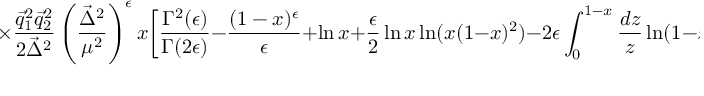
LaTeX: \times \frac { { \vec { q } _ { 1 } } ^ { 2 } { \vec { q } _ { 2 } } ^ { 2 } } { 2 { \vec { \Delta } } ^ { 2 } } \left( \frac { { \vec { \Delta } } ^ { 2 } } { \mu ^ { 2 } } \right) ^ { \epsilon } x \biggl [ \frac { \Gamma ^ { 2 } ( \epsilon ) } { \Gamma ( 2 \epsilon ) } - \frac { ( 1 - x ) ^ { \epsilon } } { \epsilon } + \ln x + \frac { \epsilon } { 2 } \ln x \ln ( x ( 1 - x ) ^ { 2 } ) - 2 \epsilon \int _ { 0 } ^ { 1 - x } \frac { d z } { z } \ln ( 1 - z ) \biggr ] .